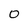
Character: 0